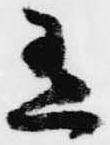
有